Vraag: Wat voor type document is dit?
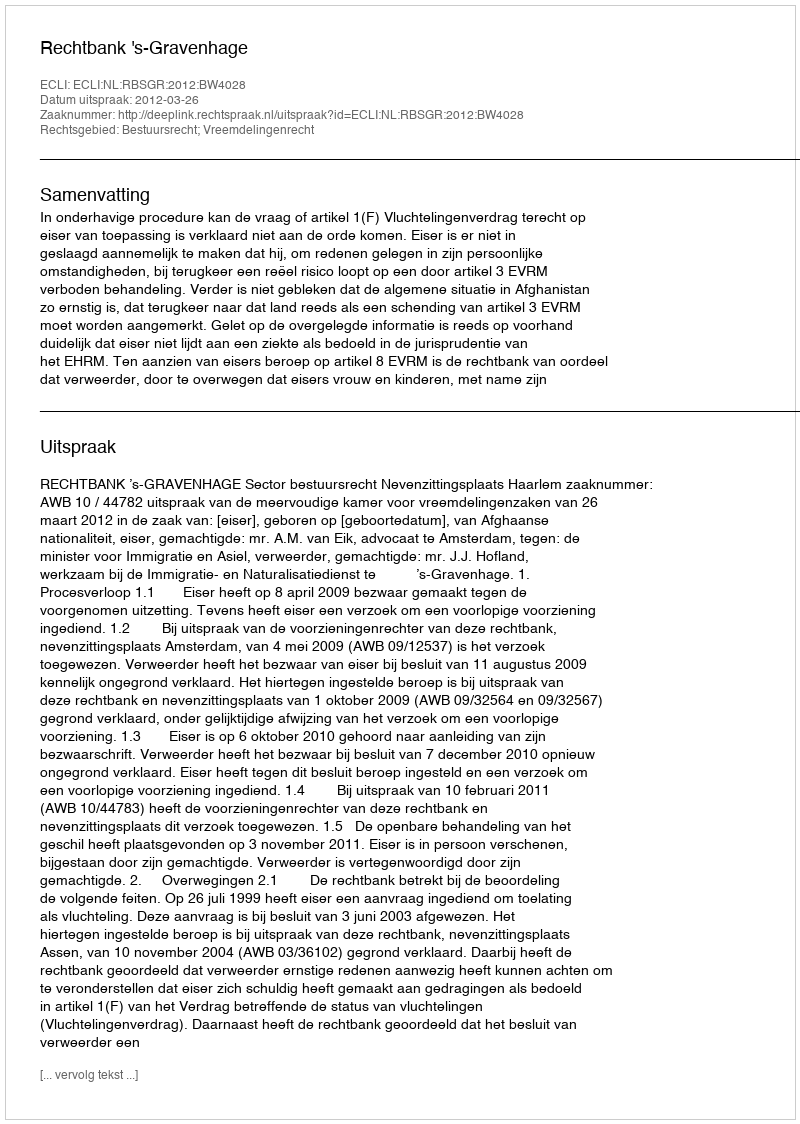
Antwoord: Uitspraak